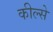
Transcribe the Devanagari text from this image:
कील्से